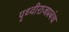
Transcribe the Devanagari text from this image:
पृथ्वीराजप्रबंध